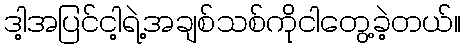
ဒါ့အပြင်ငါ့ရဲ့အချစ်သစ်ကိုငါတွေ့ခဲ့တယ်။